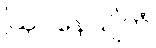
ဩပနေယျိကံ